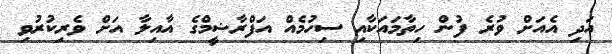
އަދި އެއަށް ވުރެ ފުން ހިތާމައަކާއި ސިހުމެއް އަފްރާޝީމްގެ އާއިލާ އަށް ވެރިކުރުވި